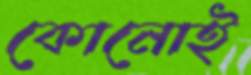
কোনোই